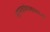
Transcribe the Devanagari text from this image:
मानववंशशास्त्रावर